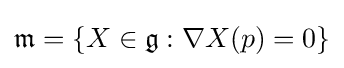
{\mathfrak {m}}=\{X\in {\mathfrak {g}}:\nabla X(p)=0\}